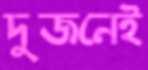
দুজনেই